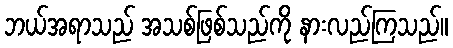
ဘယ်အရာသည် အသစ်ဖြစ်သည်ကို နားလည်ကြသည်။